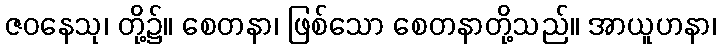
ဇဝနေသု၊ တို့၌။ စေတနာ၊ ဖြစ်သော စေတနာတို့သည်။ အာယူဟနာ၊